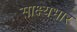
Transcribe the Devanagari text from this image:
साक्ष्यभार